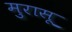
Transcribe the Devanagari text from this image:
मुरासू